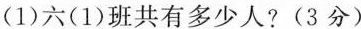
(1)六(1)班共有多少人?(3分)